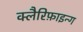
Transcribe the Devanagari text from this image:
क्लैरिफ़ाइन्ग